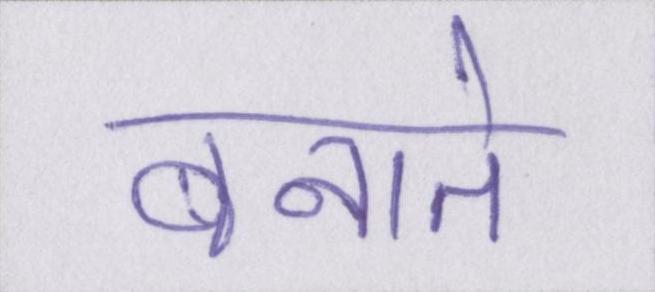
बनाते